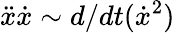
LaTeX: \ddot{x}\dot{x}\sim d/dt(\dot{x}^{2})